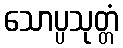
သောပ္ပသုတ္တံ